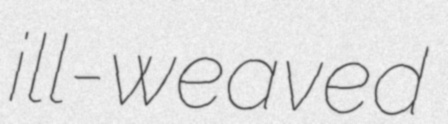
ill-weaved